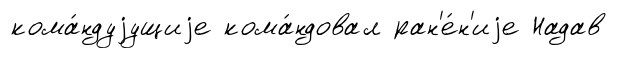
кома́ндуjущиjе кома́ндовал ран'е́н'иjе Надав